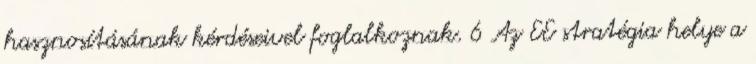
hasznosításának kérdéseivel foglalkoznak. 6 Az EE stratégia helye a